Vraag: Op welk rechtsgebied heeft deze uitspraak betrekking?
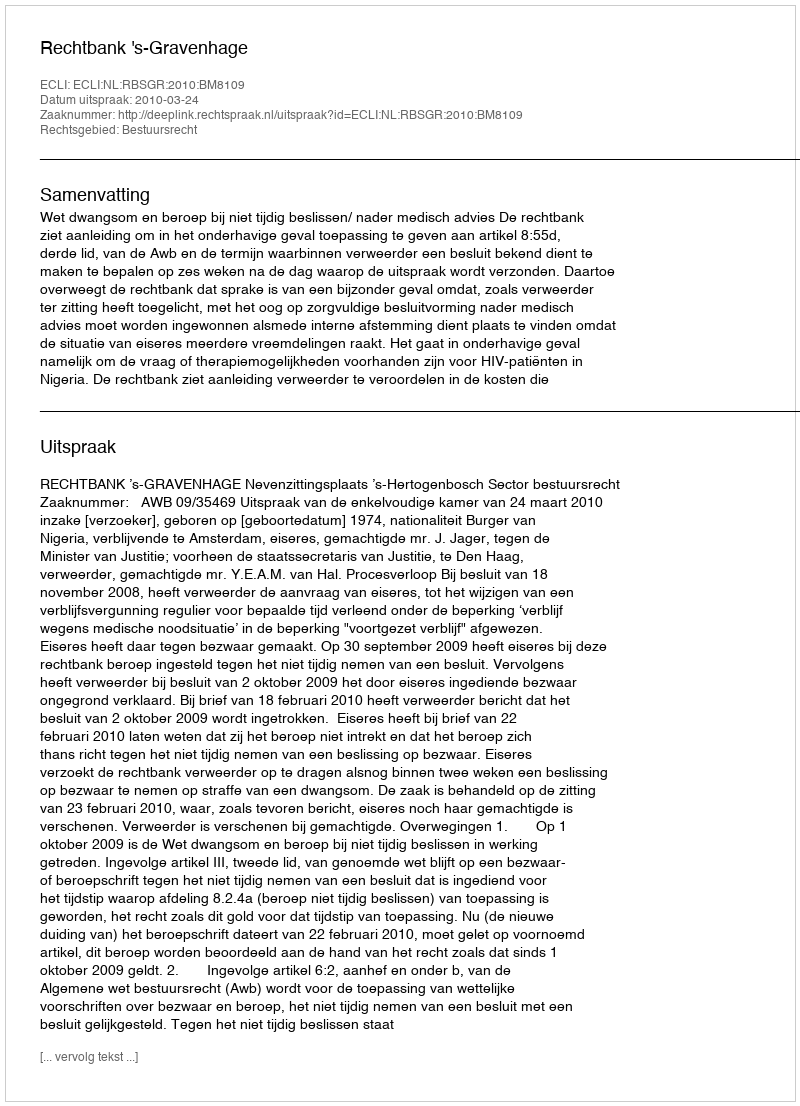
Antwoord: Bestuursrecht